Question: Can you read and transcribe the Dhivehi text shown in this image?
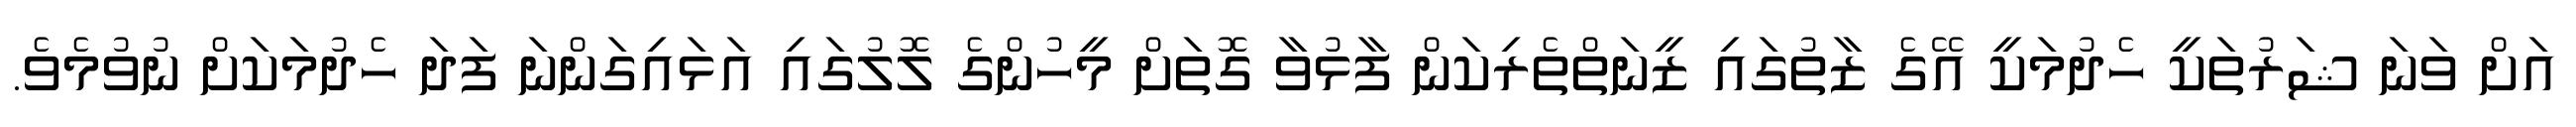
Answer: އަށް ވަނަ ޝަރުތަކީ ހެދުމަކީ އޭގެ ޒާތުގައި ޒީނަތްތެރިކަން ފާޅުވާ ގޮތަށް މީހުންގެ ލޮލުގައި އަޅައިގަންނަ ފަދަ ހެދުމަކަށް ނުވުމެވެ.